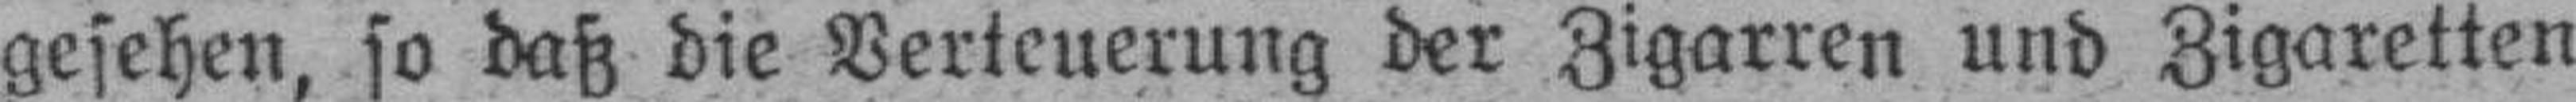
gesehen, so daß die Verteuerung der Zigarren und Zigaretten